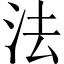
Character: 法